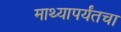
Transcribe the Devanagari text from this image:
माथ्यापर्यंतचा